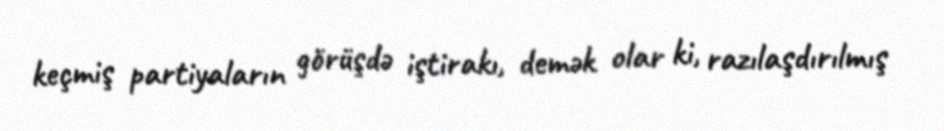
keçmiş partiyaların görüşdə iştirakı, demək olar ki, razılaşdırılmış